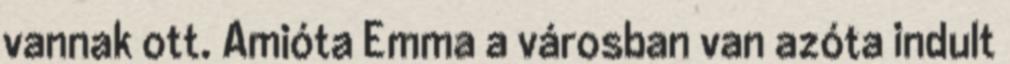
vannak ott. Amióta Emma a városban van azóta indult